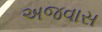
અજવાસ